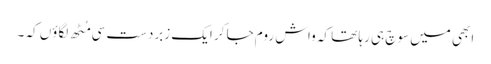
ابھی میں سوچ ہی رہا تھا کہ واش روم جا کر ایک زبردست سی مُٹھ لگاؤں کہ ۔